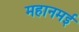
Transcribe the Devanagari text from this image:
महानमई